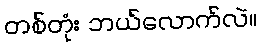
တစ်တုံး ဘယ်လောက်လဲ။